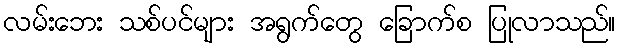
လမ်းဘေး သစ်ပင်များ အရွက်တွေ ခြောက်စ ပြုလာသည်။